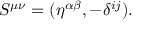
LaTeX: S ^ { \mu \nu } = ( \eta ^ { \alpha \beta } , - \delta ^ { i j } ) .